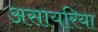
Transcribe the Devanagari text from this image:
असायरिया